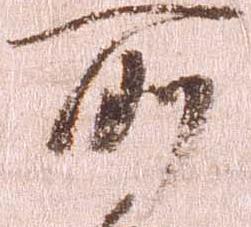
所